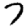
Digit: 7